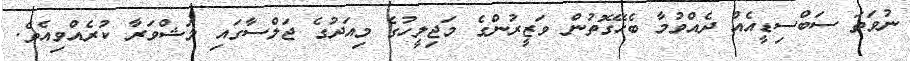
ނުވަތަ ސަބްސިޑީއެއް ދެއްވުމާ ބެހޭގޮތުން ވަޒީރުންގެ މަޖިލީހުގެ މިއަދުގެ ޖަލްސާގައި މަޝްވަރާ ކުރެއްވިއެވެ.